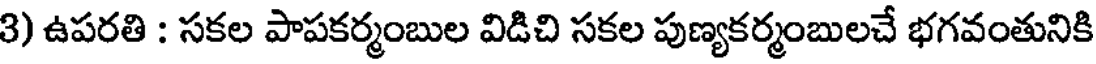
3) ఉపరతి : సకల పాపకర్మంబుల విడిచి సకల పుణ్యకర్మంబులచే భగవంతునికి